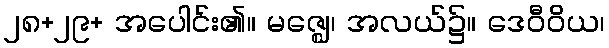
၂၈+၂၉+ အပေါင်း၏။ မဇ္ဈေ၊ အလယ်၌။ ဒေဝီဝိယ၊